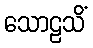
သောဠသိံ